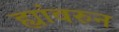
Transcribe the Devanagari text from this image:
ह्यांवरुन